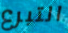
التبرع